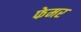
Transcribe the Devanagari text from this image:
फेमर